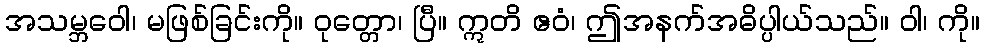
အသမ္ဘဝေါ၊ မဖြစ်ခြင်းကို။ ဝုတ္တော၊ ပြီ။ ဣတိ ဧဝံ၊ ဤအနက်အဓိပ္ပါယ်သည်။ ဝါ၊ ကို။